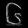
Digit: ၆